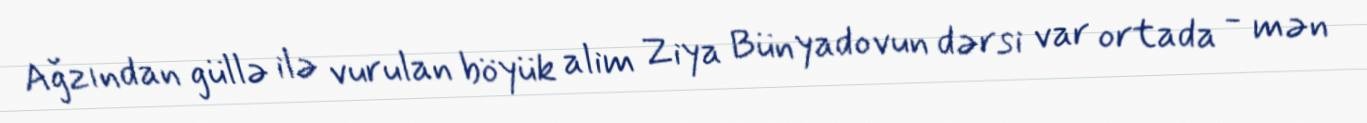
Ağzından güllə ilə vurulan böyük alim Ziya Bünyadovun dərsi var ortada - mən